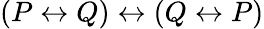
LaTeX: (P\leftrightarrow Q)\leftrightarrow(Q\leftrightarrow P)